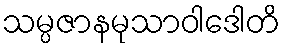
သမ္ပဇာနမုသာဝါဒေါတိ